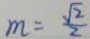
m = \frac { \sqrt { 2 } } { 2 }